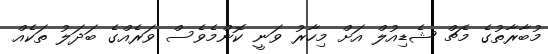
މުބާރާތުގެ މެޗް ޝެޑިއުލް އަށް މިހާރު ވަނީ ކޮންމެވެސް ވަރެއްގެ ބަދަލު ތަކެއް